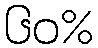
၆၀%